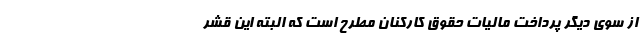
از سوی دیگر پرداخت مالیات حقوق کارکنان مطرح است که البته این قشر